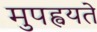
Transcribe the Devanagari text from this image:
मुपह्वयते